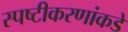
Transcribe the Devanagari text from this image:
स्पष्टीकरणांकडे